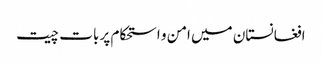
افغانستان میں امن و استحکام پر بات چیت